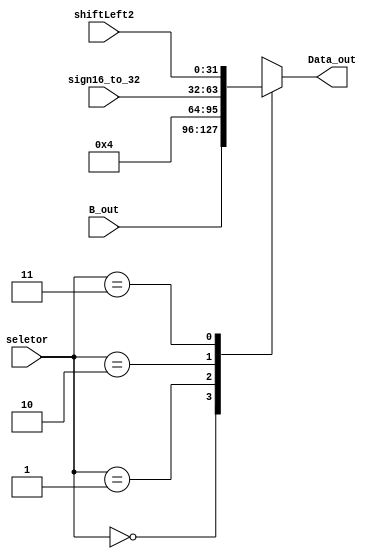
module mux_aluSrcB(
    input wire [1:0]seletor,
    input wire [31:0]B_out,
    input wire [31:0]sign16_to_32,
    input wire [31:0]shiftLeft2,
    output reg [31:0]Data_out
);

always@(*)begin
   case (seletor)
		2'd0:Data_out = B_out;
		2'd1:Data_out = 32'd4;
		2'd2:Data_out = sign16_to_32;
        2'd3:Data_out = shiftLeft2;
	endcase 
end
	
endmodule